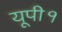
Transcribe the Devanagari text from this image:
यूपी१